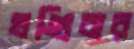
খণ্ডিবার